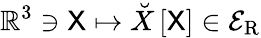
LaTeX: \mathbb{R}^{3}\ni\mathsf{X}\mapsto\breve{X}\left[\mathsf{X}\right]\in\mathcal{E}_{\mathrm{{R}}}